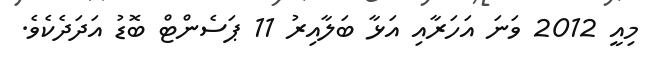
މިއީ 2012 ވަނަ އަހަރާއި އަޅާ ބަލާއިރު 11 ޕަސެންޓް ބޮޑު އަދަދެކެވެ.